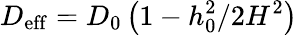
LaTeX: D_{\mathrm{eff}}=D_{0}\left(1-h_{0}^{2}/2H^{2}\right)